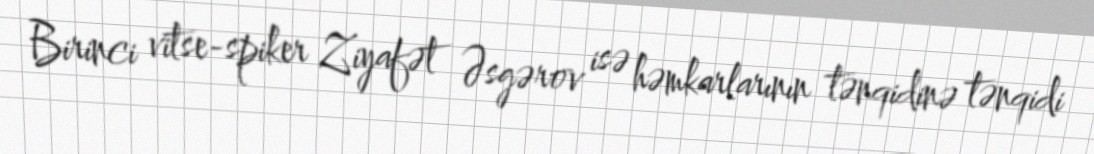
Birinci vitse-spiker Ziyafət Əsgərov isə həmkarlarının tənqidinə tənqidi